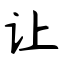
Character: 让